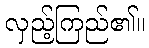
လှည့်ကြည်၏။